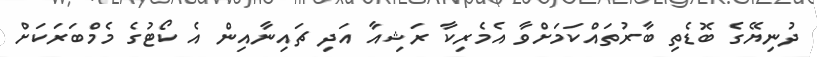
ދުނިޔޭގެ ބޮޑެތި ބާރުތައްކަމަށްވާ އެމެރިކާ ރަޝިއާ އަދި ޗައިނާއިން އެ ކޯޓުގެ މެމްބަރަކަށް